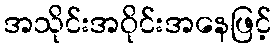
အသိုင်းအဝိုင်းအနေဖြင့်